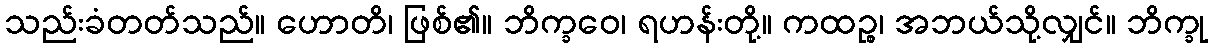
သည်းခံတတ်သည်။ ဟောတိ၊ ဖြစ်၏။ ဘိက္ခဝေ၊ ရဟန်းတို့။ ကထဉ္စ၊ အဘယ်သို့လျှင်။ ဘိက္ခု